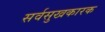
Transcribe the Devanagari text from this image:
सर्वसुखकारक